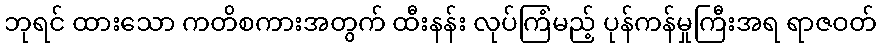
ဘုရင် ထားသော ကတိစကားအတွက် ထီးနန်း လုပ်ကြံမည့် ပုန်ကန်မှုကြီးအရ ရာဇဝတ်